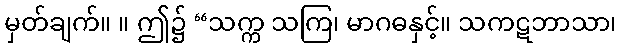
မှတ်ချက်။ ။ ဤ၌ “သက္က သကြ၊ မာဂဓနှင့်။ သကဋဘာသာ၊